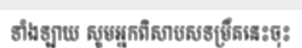
ទាំងឡាយ សូមអ្នកពិសាបសទម្រឹគនេះចុះ